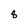
Character: 8